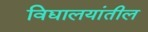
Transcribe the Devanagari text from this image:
विद्यालयांतील